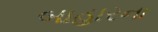
બાહારના